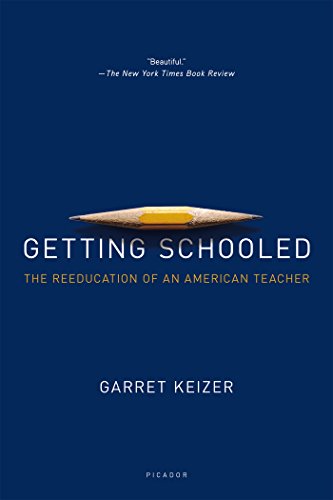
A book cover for Getting Schooled: The Reeducation of an American Teacher; Garret Keizer; Biographies & Memoirs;